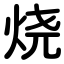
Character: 烧